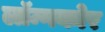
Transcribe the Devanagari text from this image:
लॉन्गकोर